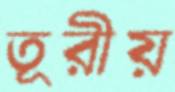
তূরীয়